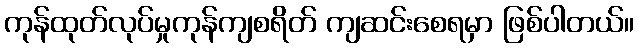
ကုန်ထုတ်လုပ်မှုကုန်ကျစရိတ် ကျဆင်းစေရမှာ ဖြစ်ပါတယ်။